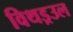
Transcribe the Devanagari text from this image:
विथड्रउल